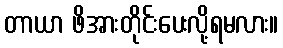
တာယာ ဖိအားတိုင်းပေးလို့ရမလား။